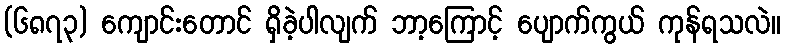
(၆၈၇၃) ကျောင်းတောင် ရှိခဲ့ပါလျက် ဘာ့ကြောင့် ပျောက်ကွယ် ကုန်ရသလဲ။